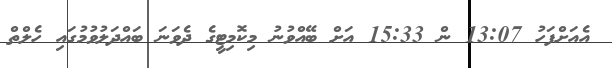
އެއަށްފަހު 13:07 ން 15:33 އަށް ބޭއްވުނު މިކޮމިޓީގެ ދެވަނަ ބައްދަލުވުުމުގައި ހެލްތް